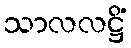
သာလလဋ္ဌိံ